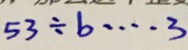
5 3 \div b \cdots 3